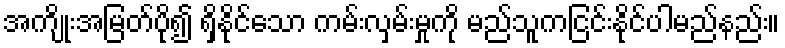
အကျိုးအမြတ်ပို၍ ရှိနိုင်သော ကမ်းလှမ်းမှုကို မည်သူကငြင်းနိုင်ပါမည်နည်း။